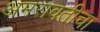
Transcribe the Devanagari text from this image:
अमरावतीचा